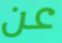
عن